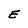
Character: E